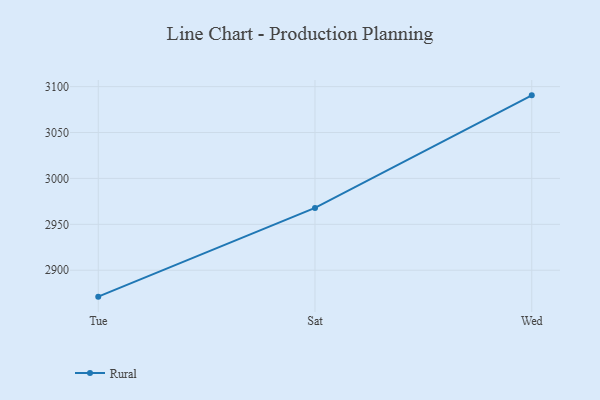
{"axis": {"x": "Day", "y": "Headcount"}, "legend": ["Rural"], "data": [{"x": "Tue", "y": 2871.2, "type": "Rural"}, {"x": "Sat", "y": 2967.9, "type": "Rural"}, {"x": "Wed", "y": 3090.5, "type": "Rural"}]}